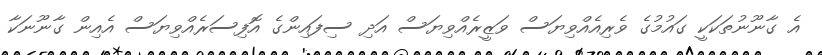
އެ ގާނޫނުތަކަކީ ގައުމުގެ ވެރިއެއްވިޔަސް ވަޒީރެއްވިޔަސް އަދި ސިފައިންގެ އޮފިސަރެއްވިޔަސް އެއިން ގާނޫނަކާ